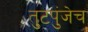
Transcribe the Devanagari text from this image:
तुटपुंजेच